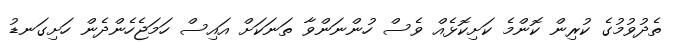
ތެދުވުމުގެ ކުރިން ކޮންމެ ކަށިކޮޅެއް ވެސް ހުންނަންވާ ތަނަކަށް އައިސް ހަމަޖެހެންދެން ހަށިގަނޑު